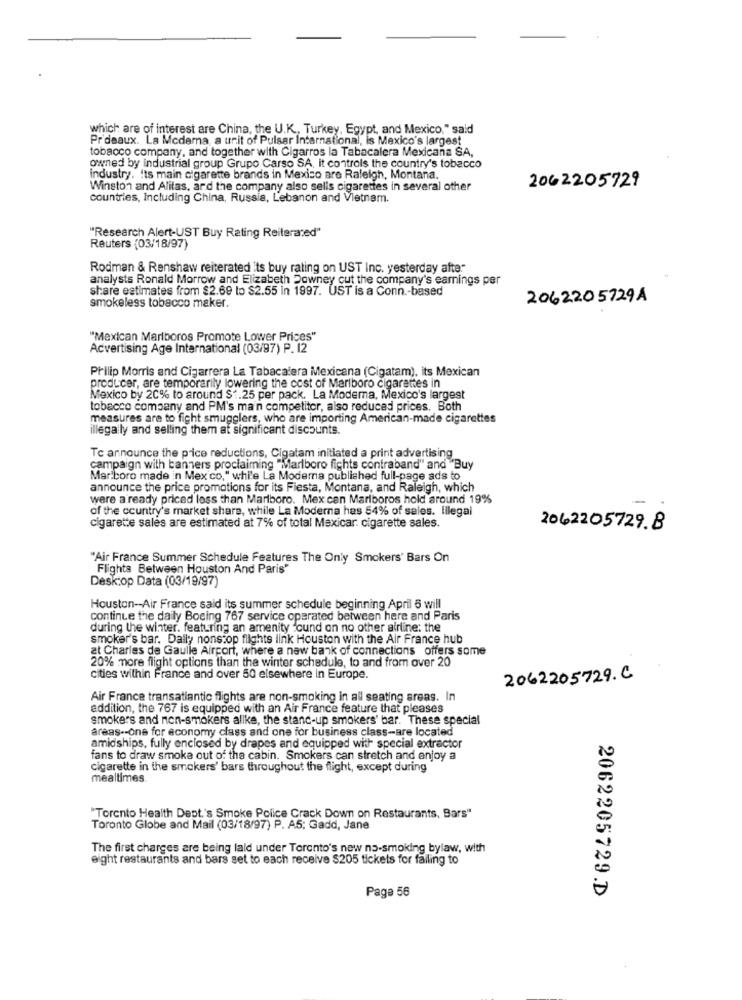
which are of interest are China, the U.K ., Turkey, Egypt, and Mexico," said
Pr'deaux. La Mcdama, a unit of Pulsar International, is Mexico's largest
tobacco company, and together with Cigarros la Tabacalera Mexicana SA,
owned by industrial group Grupo Carso SA, it controls the country's tobacco
industry. Its main cigarette brands in Mexico are Raleigh, Montana.
Winston and Alitas, ard the company also sells cigarettes in several other
2062205729
countries, Including China, Russia, Lebanon and Vietnam.
"Research Alert-UST Buy Rating Reiterated"
Reuters (03/18/97)
Rodman & Renshaw reiterated its buy rating on UST Inc. yesterday afte
analysts Ronald Morrow and Elizabeth Downey cut the company's earnings per
share estimates from $2.69 to $2.55 in 1997. UST is a Conn .- based
smokeless tobacco maker.
206220 5729A
"Mexican Marlboros Promote Lower Prices"
Advertising Age International (03/97) P. 12
Philip Morris and Cigarrera La Tabacalera Mexicana (Cigatam), its Mexican
producer, are temporarily lowering the cost of Marlboro cigarettes in
Mexico by 20% to around $1.25 per pack. La Moderna, Mexico's largest
tobacco company and PM's main competitor, also reduced prices. Both
measures are to fight smugglers, who are importing American-made cigarettes
illegally and selling them at significant discounts.
To announce the price reductions, Cigatam initiated a print advertising
campaign with banners proclaiming "Marlboro fichts contraband" and "Buy
Marlboro made in Mexico," while La Moderna published full-page ads to
announce the price promotions for its Fiesta, Montana, and Raleigh, which
were a ready priced less than Marlboro. Mex cen Mariboros hold around 19%
-
of the country's market share, while La Moderna has 54% of sales. Illegal
cigarette sales are estimated at 7% of total Maxicar. cigarette sales.
2042205729.8
"Air France Summer Schedule Features The Only Smokers' Bars On
Flights Between Houston And Paris"
Desktop Data (03/19/97)
Houston -- Air France said its summer schedule beginning April 6 will
continue the daily Boeing 767 service operated between here and Paris
during the winter. featuring an amenity found on no other airline: the
smoker's bar. Daily nonstop flights link Houston with the Air France hub
at Charles de Gaulle Airport, where a new bank of connections offers some
20% more flight options than the winter schedule, to and from over 20
cities within France and over 50 elsewhere in Europe.
2062205729. C
Air France transatlantic flights are non-smoking in all seating areas. In
addition, the 767 is equipped with an Air France feature that pleases
smokers and non-smokers allke, the stand-up smokers' bar. These special
areas -- one for economy class and one for business class-are located
amidships, fully enclosed by drapes and equipped with special extractor
fans to draw smoke out of the cabin. Smokers can stretch and enjoy a
cigarette in the smokers' bars throughout the flight, except during
mealtimes.
"Torento Health Dept.'s Smoke Police Crack Down on Restaurants, Bars"
Toronto Globe and Mail (03/18/97) P. A5; Gadd, Jane
The first charges are being laid under Toronto's new no-smoking bylaw, with
eight restaurants and bars set to each receive $205 tickets for failing to
Page 56
2062205729.D